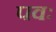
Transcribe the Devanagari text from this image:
पवः